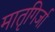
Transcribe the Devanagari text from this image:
मातृगिर्जा